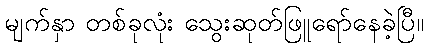
မျက်နှာ တစ်ခုလုံး သွေးဆုတ်ဖြူရော်နေခဲ့ပြီ။